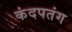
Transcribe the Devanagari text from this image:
कंदपतंग